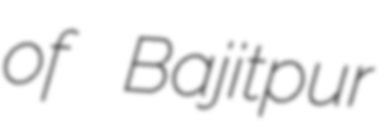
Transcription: of Bajitpur